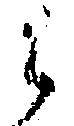
候